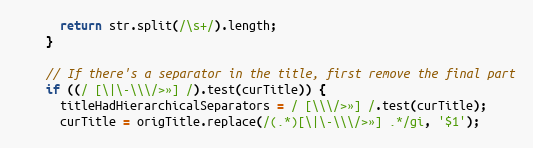
Language: JavaScript
      return str.split(/\s+/).length;
    }

    // If there's a separator in the title, first remove the final part
    if ((/ [\|\-\\\/>»] /).test(curTitle)) {
      titleHadHierarchicalSeparators = / [\\\/>»] /.test(curTitle);
      curTitle = origTitle.replace(/(.*)[\|\-\\\/>»] .*/gi, '$1');